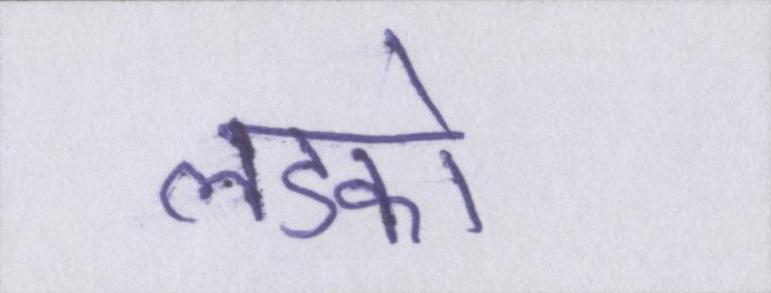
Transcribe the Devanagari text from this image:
लडको